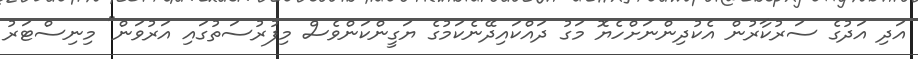
އަދި އަދުގެ ސަރުކާރުން އެކުދިންނަށްހެޔޮ މަގު ދައްކައިދޭނެކަމުގެ ޔަގީންކަންވެސް މިފުރުސަތުގައި އަރުވަން" މިނިސްޓަރު